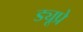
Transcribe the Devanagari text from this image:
ड्यूप्रे